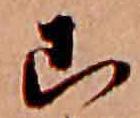
こ